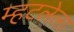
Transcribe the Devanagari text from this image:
म्हटलेला